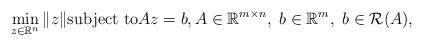
LaTeX: \begin{align*} \min_{z \in \mathbb{R}^n} \| z \| \mbox{subject to} Az = b, A \in \mathbb{R}^{m \times n},\ b \in \mathbb{R}^{m},\ b \in \mathcal{R}(A), \end{align*}